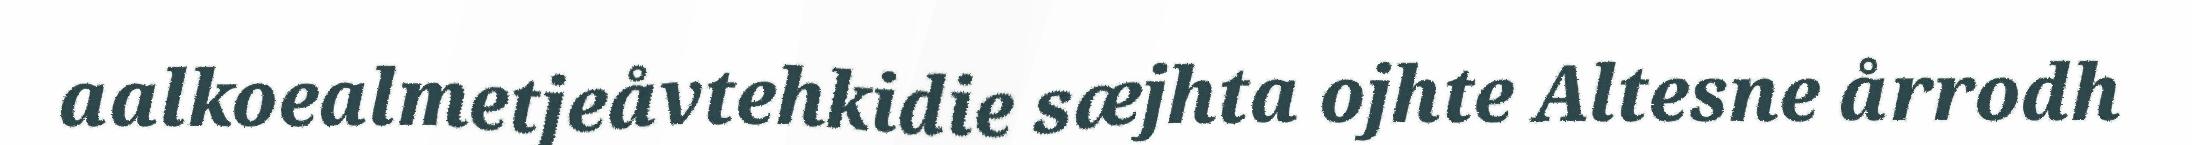
aalkoealmetjeåvtehkidie sæjhta ojhte Altesne årrodh